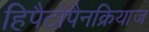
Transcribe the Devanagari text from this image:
हिपैटोपैनक्रियाज